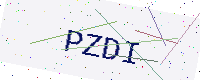
Text: PZDI